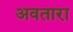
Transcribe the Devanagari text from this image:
अवतारा